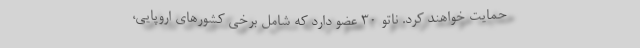
حمایت خواهند کرد. ناتو 30 عضو دارد که شامل برخی کشورهای اروپایی،